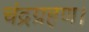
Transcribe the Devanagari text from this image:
चंद्रग्रहण।